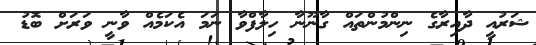
ޝަރުއީ ދާއިރާގެ ނިންމުންތައް ގާނޫނާ ހިލާފްވާ ނަމަ އެކަމެއް ވާނީ ވަރަށް ބޮޑު